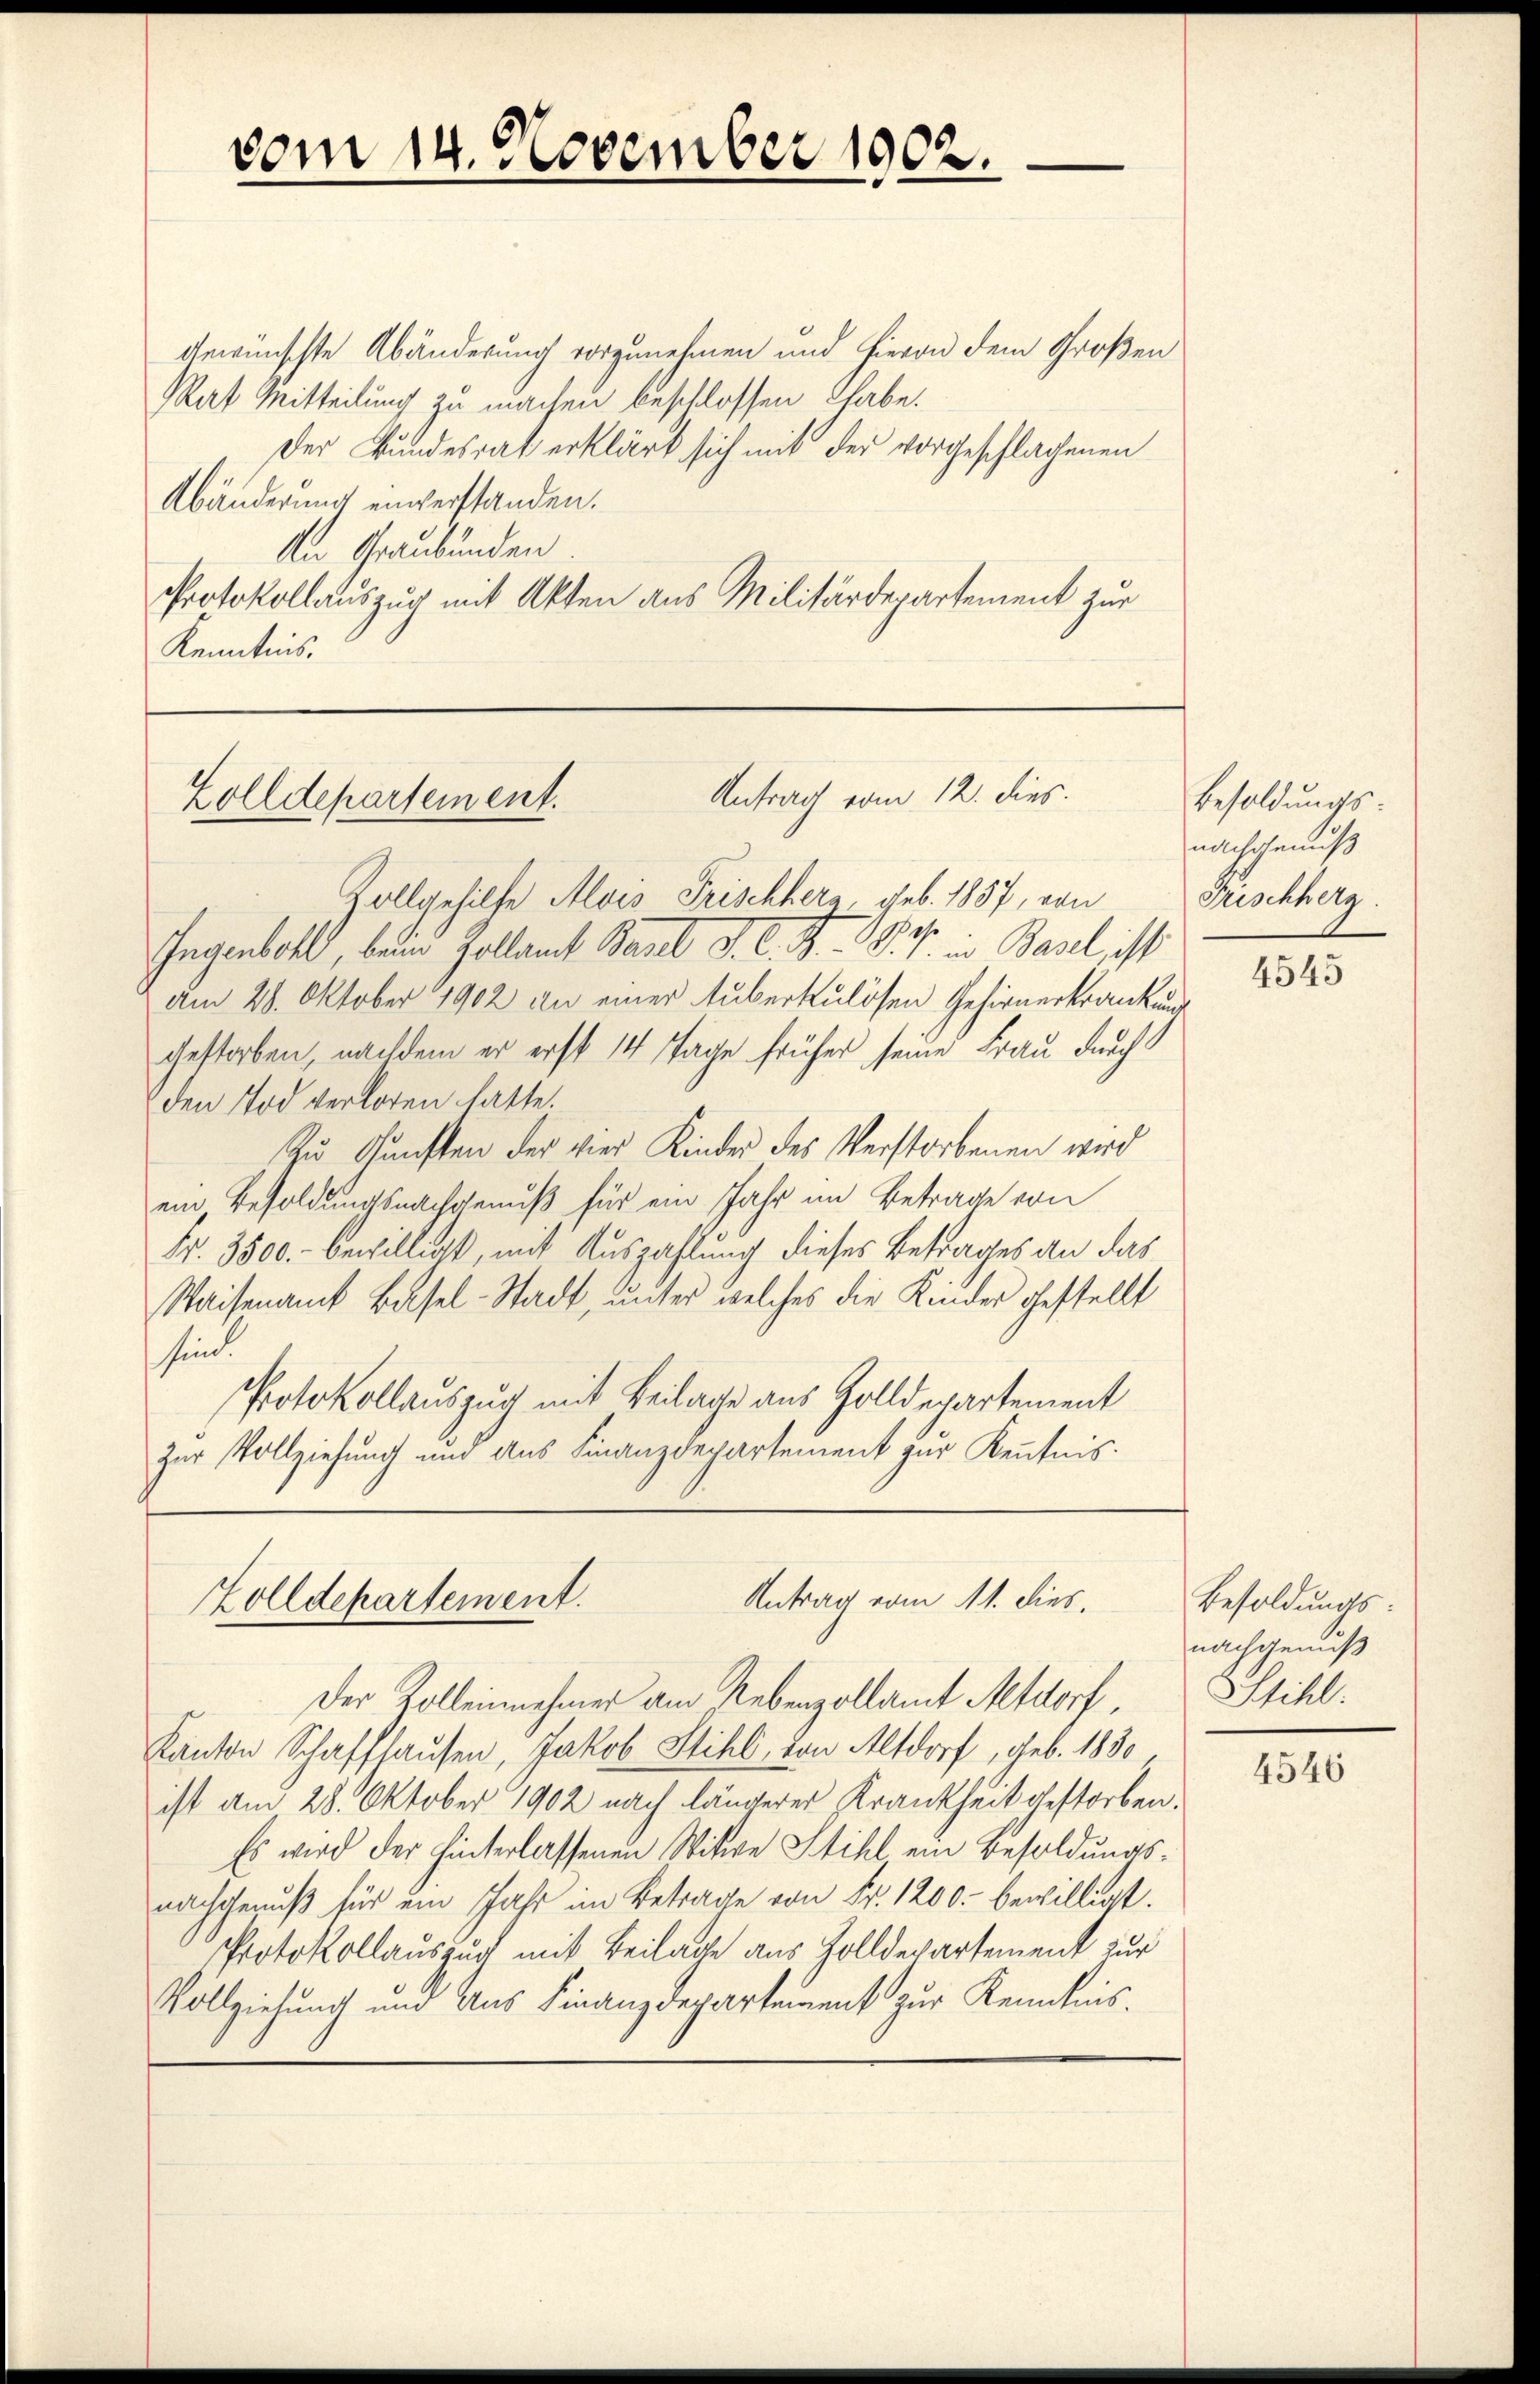
vom 14. November 1902.

gewünschte Abänderung vorzunehmen und hievon dem Großen
Rat Mitteilung zu machen beschlossen habe.
Der Bundesrat erklärt sich mit der vorgeschlagenen
Abänderung einverstanden.
An Graubünden.
Protokollauszug mit Akten aus Militärdepartement zur
Kenntnis.

Antrag vom 12. dies.
Zolldepartement.
Zollgehilfe Alois Frischherz, geb. 1887, von

Ingenbohl, beim Zollamt Paul d. C. R. V. P. in Basel, ist
Am 28. Oktober 1902 an einer Auberkulösen Gehirnerkrankung
gestorben, nachdem er erst 14 Tage früher seine Frau durch
den Tod verloren hatte.
Zu Gunsten der vier Kinder des Verstorbenen wird
ein Besoldungsnachgenuß für ein Jahr im Betrage von
Fr. 3500.- bewilligt, mit Auszahlung dieses Betrages an das
Waisenamt Basel-Stadt, unter welches die Kinder gestellt
sind.
Protokollauszug mit Beilage aus Zolldepartement
zur Vollziehung und aus Finanzdepartement zur Kenntnis-

Antrag vom 11. dies
Zolldepartement.
Der Zolleinnehmer am Nebenzollamt Altdorf,

Kanton Schaffhausen, Jakob Still, von Altdorf, geb. 1830
ist am 28. Oktober 1902 nach längerer Krankheit gestorben.
Es wird der hinterlassenen Witwe Still ein Besoldungsnachgenuß für ein Jahr im Betrage von Fr. 1200. bewilligt.
Protokollauszug mit Beilage aus Zolldepartement zur
Vollziehung und Aus Finanzdepartement zur Kenntnis.

Besoldungs
nachgenuß
Frischherz

4545

Besoldungsnachgenuß
Stihl.

4546